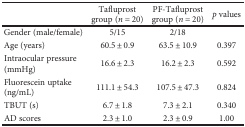
|  | Tafluprost group (n = 20) | PF-Tafluprost group (n = 20) | p values |
 | --- | --- | --- | --- |
 | Gender (male/female) | 5/15 | 2/18 |  |
 | Age (years) | 60.5 ± 0.9 | 63.5 ± 10.9 | 0.397 |
 | Intraocular pressure (mmHg) | 16.6 ± 2.3 | 16.2 ± 2.3 | 0.592 |
 | Fluorescein uptake (ng/mL) | 111.1 ± 54.3 | 107.5 ± 47.3 | 0.824 |
 | TBUT (s) | 6.7 ± 1.8 | 7.3 ± 2.1 | 0.340 |
 | AD scores | 2.3 ± 1.0 | 2.3 ± 0.9 | 1.00 |